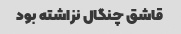
قاشق چنگال نزاشته بود